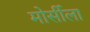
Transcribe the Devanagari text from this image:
मोर्सीला